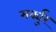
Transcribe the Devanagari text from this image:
मर्क्युर